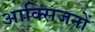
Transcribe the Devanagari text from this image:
आक्सिजनों